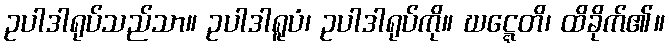
ဥပါဒါရုပ်သည်သာ။ ဥပါဒါရူပံ၊ ဥပါဒါရုပ်ကို။ ဃဋ္ဋေတိ၊ ထိခိုက်၏။